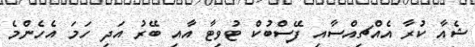
ޝެއާ ކުރާ އެއްޗިއްސާއި ފޭސްބުކް ޓުވިޓާ އާއި ބޭރު އަދި ހަމަ އެހެންމެ